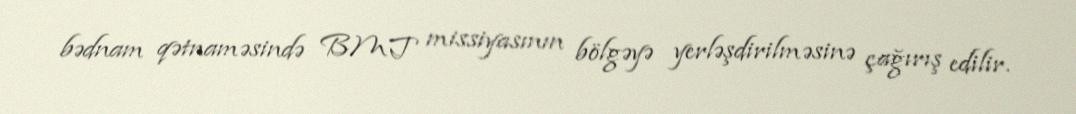
bədnam qətnaməsində BMT missiyasının bölgəyə yerləşdirilməsinə çağırış edilir.